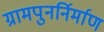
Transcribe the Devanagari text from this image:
ग्रामपुनर्निर्माण